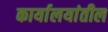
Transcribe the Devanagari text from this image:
कार्यालयांतील